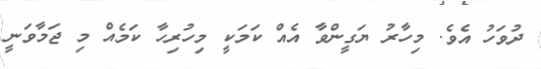
ދުވަހު އެވެ. މިހާރު ޔަގީންވާ އެއް ކަމަކީ މިހުރިހާ ކަމެއް މި ޖަމާވަނީ